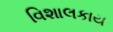
વિશાલકાય